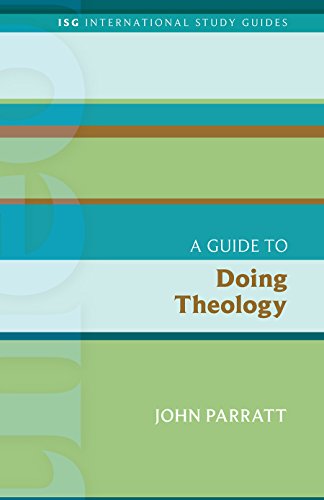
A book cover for A Guide to Doing Theology (International Study Guides); John Parratt; Christian Books & Bibles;